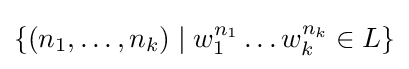
\{(n_{1},\ldots ,n_{k})\mid w_{1}^{n_{1}}\ldots w_{k}^{n_{k}}\in L\}